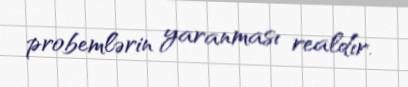
probemlərin yaranması realdır.